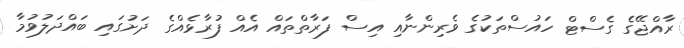
ރާއްޖޭގެ ގެސްޓް ހައުސްތަކުގެ ވެރިންނާއި އިސް ފަރާތްތައް އެއް ފުރާޅެއްގެ ދަށުގައި ބައްދަލުވުމާ